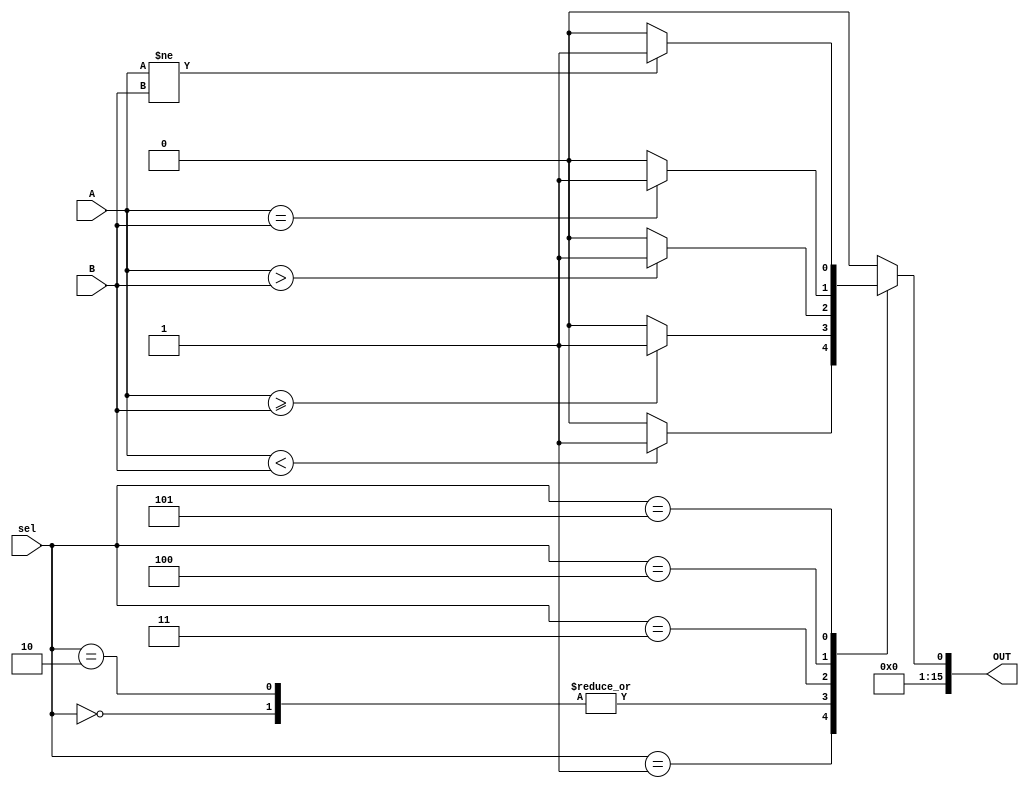
module comparator(A, B, sel, OUT);
  input[15:0] A, B;
  input [2:0] sel;
  output[15:0] OUT;
  reg[15:0] C;
  assign OUT = C;
  always @(A or B or sel) begin
    case(sel)
      3'b000: 
        begin
          if(A >= B)
            C = 16'b01;
          else
            C = 16'b0;
      	end
      3'b001:
        begin
          if(A < B)
            C = 16'b01;
          else
            C = 16'b0;
        end
      3'b010:
        begin
          if(A >= B)
            C = 16'b01;
          else
            C = 16'b0;
        end
      3'b011:
        begin
          if(A > B)
            C = 16'b01;
          else
            C = 16'b0;
        end
      3'b100:
        begin
          if(A == B)
            C = 16'b01;
          else
            C = 16'b0;
      	end
      3'b101:
        begin
          if(A != B)
            C = 16'b01;
          else
            C = 16'b0;
        end
      default: begin
        $display("Default behavior");
        C = 16'b0;
      end
    endcase
  end
endmodule